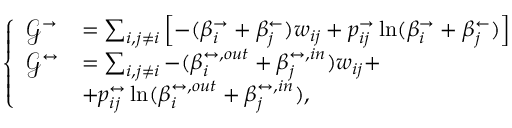
\left\{ \begin{array} { l l } { \mathcal { G } ^ { \rightarrow } } & { = \sum _ { i , j \neq i } \left[ - ( \beta _ { i } ^ { \rightarrow } + \beta _ { j } ^ { \leftarrow } ) w _ { i j } + p _ { i j } ^ { \rightarrow } \ln ( \beta _ { i } ^ { \rightarrow } + \beta _ { j } ^ { \leftarrow } ) \right] } \\ { \mathcal { G } ^ { \leftrightarrow } } & { = \sum _ { i , j \neq i } - ( \beta _ { i } ^ { \leftrightarrow , o u t } + \beta _ { j } ^ { \leftrightarrow , i n } ) w _ { i j } + } \\ & { + p _ { i j } ^ { \leftrightarrow } \ln ( \beta _ { i } ^ { \leftrightarrow , o u t } + \beta _ { j } ^ { \leftrightarrow , i n } ) , } \end{array} \right.